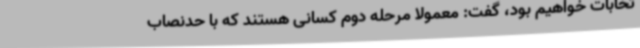
تخابات خواهیم بود، گفت: معمولا مرحله دوم کسانی هستند که با حدنصاب